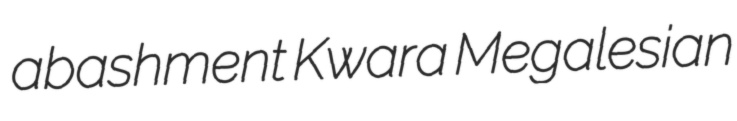
abashment Kwara Megalesian